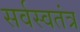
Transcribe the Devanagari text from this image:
सर्वस्वतंत्र